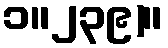
၁။၂၃၉)။